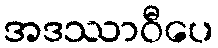
အဒဿာဝီပေ